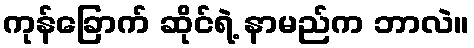
ကုန်ခြောက် ဆိုင်ရဲ့ နာမည်က ဘာလဲ။